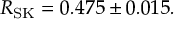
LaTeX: R _ { \mathrm { S K } } = 0 . 4 7 5 \pm 0 . 0 1 5 .